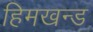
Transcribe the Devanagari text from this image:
हिमखन्ड